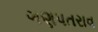
ગણપતરાવ